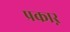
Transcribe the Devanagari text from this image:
प्रकाऱ